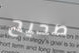
صحيح